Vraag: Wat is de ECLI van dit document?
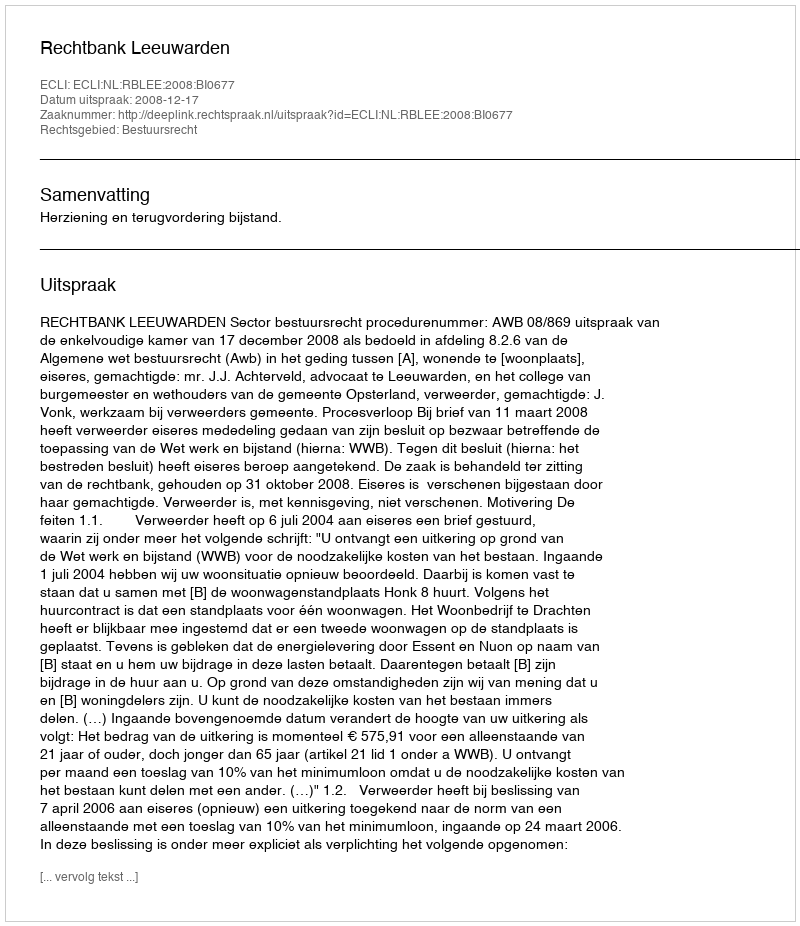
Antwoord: ECLI:NL:RBLEE:2008:BI0677